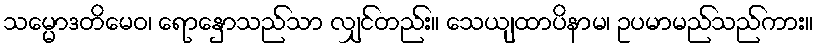
သမ္မောဒတိမေဝ၊ ရောနှောသည်သာ လျှင်တည်း။ သေယျထာပိနာမ၊ ဥပမာမည်သည်ကား။